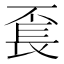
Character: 𨱥